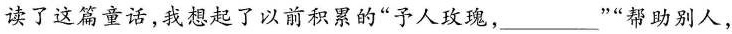
读了这篇童话，我想起了以前积累的“予人玫瑰，___”“帮助别人，